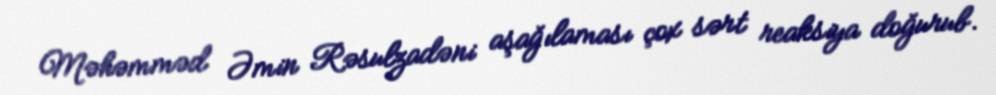
Məhəmməd Əmin Rəsulzadəni aşağılaması çox sərt reaksiya doğurub.